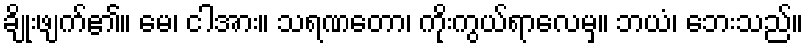
ချိုးဖျက်၏။ မေ၊ ငါအား။ သရဏတော၊ ကိုးကွယ်ရာလေမှ။ ဘယံ၊ ဘေးသည်။